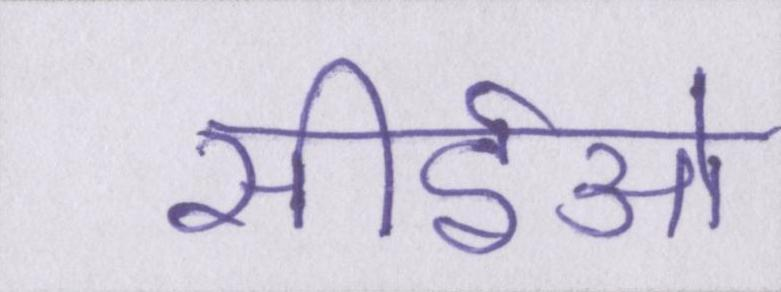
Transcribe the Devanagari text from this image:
सीईओ